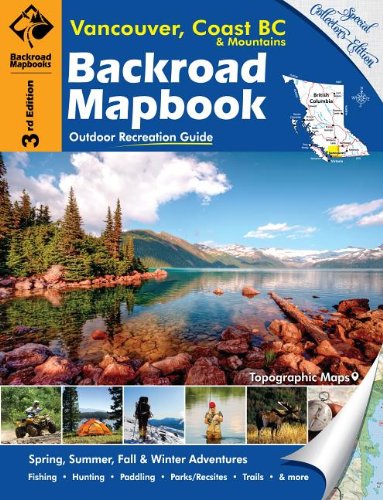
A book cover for Backroad Mapbook: Vancouver, Coast & Mountains BC, Third Edition: Outdoor Recreation Guide; Russell Mussio; Travel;